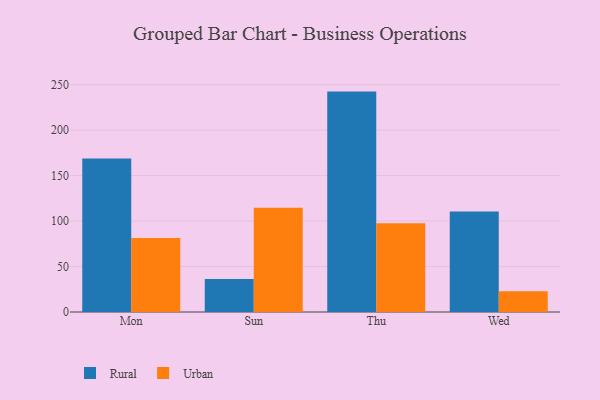
{"axis": {"x": "Day", "y": "Net Income (USD K)"}, "legend": ["Rural", "Urban"], "data": [{"x": "Mon", "y": 168.7, "type": "Rural"}, {"x": "Mon", "y": 81.3, "type": "Urban"}, {"x": "Sun", "y": 36.3, "type": "Rural"}, {"x": "Sun", "y": 114.7, "type": "Urban"}, {"x": "Thu", "y": 242.3, "type": "Rural"}, {"x": "Thu", "y": 97.6, "type": "Urban"}, {"x": "Wed", "y": 110.6, "type": "Rural"}, {"x": "Wed", "y": 22.8, "type": "Urban"}]}